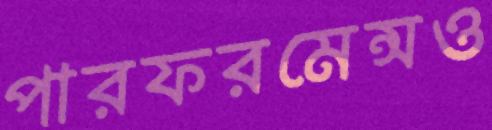
পারফরমেন্সও